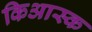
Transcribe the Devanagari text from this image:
किआस्क